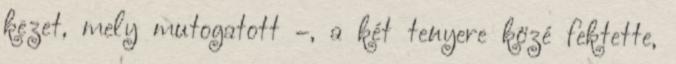
kezet, mely mutogatott –, a két tenyere közé fektette,